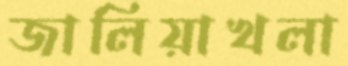
জালিয়াখলা